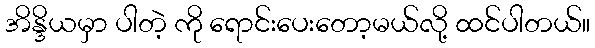
အိန္ဒိယမှာ ပါတဲ့ ကို ရောင်းပေးတော့မယ်လို့ ထင်ပါတယ်။